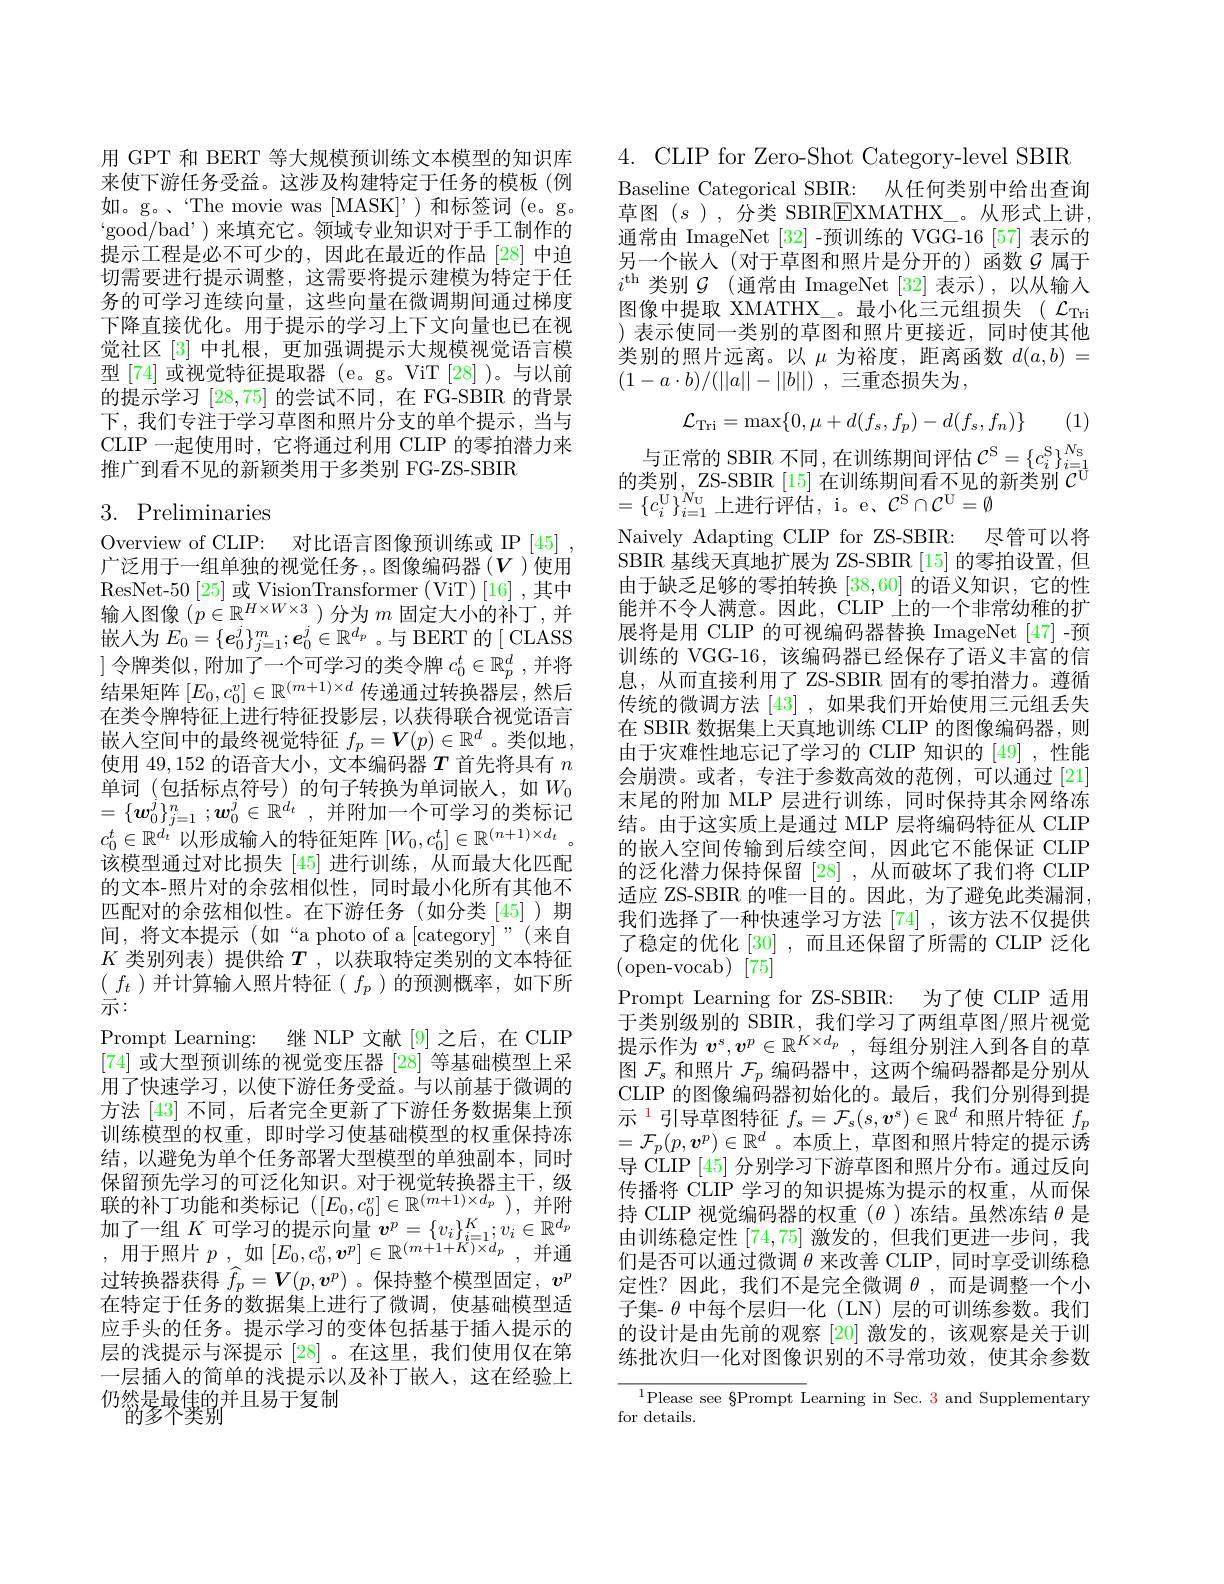
用 GPT 和 BERT 等大规模预训练文本模型的知识库来使下游任务受益。这涉及构建特定于任务的模板(例如。g。`The movie was [MASK]’)和标签词 (e。g. $`$good/bad')来填充它。领域专业知识对于手工制作的提示工程是必不可少的，因此在最近的作品[28]中迫切需要进行提示调整，这需要将提示建模为特定于任务的可学习连续向量，这些向量在微调期间通过梯度下降直接优化。用于提示的学习上下文向量也已在视觉社区[3] 中扎根，更加强调提示大规模视觉语言模型 [74] 或视觉特征提取器 (e。g。ViT [28] )。与以前的提示学习[28,75]的尝试不同，在 FG-SBIR 的背景下，我们专注于学习草图和照片分支的单个提示，当与CLIP 一起使用时，它将通过利用 CLIP 的零拍潜力来推广到看不见的新颖类用于多类别 FG-ZS-SBIR

# 3. Preliminaries

Overview of CLIP: 对比语言图像预训练或 IP |45| 广泛用于一组单独的视觉任务，。图像编码器($V$ )使用ResNet-50 [25] 或 VisionTransformer (ViT) [16] ,其中输入图像$(p\in\mathbb{R}^{H\times W\times3})$分为$m$固定大小的补丁，并嵌入为$E_0=\{\boldsymbol{e}_0^j\}_{j=1}^m;\boldsymbol{e}_0^j\in\mathbb{R}^{d_p}$。与 BERT 的[ CLASS ] 令牌类似，附加了一个可学习的类令牌$c_0^t\in\mathbb{R}_p^d$ ,并将结果矩阵$[E_0,c_0^v]\in\mathbb{R}^{(m+1)\times d}$传递通过转换器层，然后在类令牌特征上进行特征投影层，以获得联合视觉语言嵌入空间中的最终视觉特征$f_p=\boldsymbol{V}(p)\in\mathbb{R}^d$ 。类似地 , 使用 49,152 的语音大小，文本编码器$T$首先将具有$n$ 单词 (包括标点符号)的句子转换为单词嵌人，如$W_0$ $= \{ \boldsymbol{w}_0^j\} _{j= 1}^n$ $; \boldsymbol{w}_0^j\in \mathbb{R} ^{d_t}$ ,并附加一个可学习的类标记$c_0^t\in\mathbb{R}^{d_t}$以形成输入的特征矩阵 $[W_0,c_0^t]\in\mathbb{R}^{(n+1)\times d_t}$。该模型通过对比损失[45]进行训练，从而最大化匹配的文本-照片对的余弦相似性，同时最小化所有其他不匹配对的余弦相似性。在下游任务(如分类[45])期间，将文本提示(如“a photo of a[category]”(来自) $K$类别列表)提供给$T$ ,以获取特定类别的文本特征$(\begin{array}{c}f_t\end{array})$并计算输入照片特征$(\begin{array}{c}f_p\end{array})$的预测概率，如下所示：
Prompt Learning: 继 NLP 文献[9]之后，在 CLIP [74]或大型预训练的视觉变压器[28]等基础模型上采用了快速学习，以使下游任务受益。与以前基于微调的方法 [43] 不同，后者完全更新了下游任务数据集上预训练模型的权重，即时学习使基础模型的权重保持冻结，以避免为单个任务部署大型模型的单独副本，同时保留预先学习的可泛化知识。对于视觉转换器主干，级联的补丁功能和类标记$([E_0,c_0^v]\in\mathbb{R}^{(m+1)\times d_p})$,并附加了一组$K$可学习的提示向量$v^p=\{v_i\}_{i=1}^K;v_i\in\mathbb{R}^d_p$ $\begin{array}{c}{,\text{ 用于照片 }p\:,\text{ 如 }[E_{0},c_{0}^{v},\boldsymbol{v}^{p}]\in\mathbb{R}^{(m+1+K)\times d_{p}}\:,\text{ 并通}}\\{,\text{ 用于照片 }p\:,\text{ 如 }[E_{0},c_{0}^{v},\boldsymbol{v}^{p}]\in\mathbb{R}^{(m+1+K)\times d_{p}}\:,\text{ 并通}}\end{array}$ 过转换器获得$\widehat{f}_p=\boldsymbol{V}(p,\boldsymbol{v}^p)$ 。保持整个模型固定$,\boldsymbol v^p$ 在特定于任务的数据集上进行了微调，使基础模型适应手头的任务。提示学习的变体包括基于插入提示的层的浅提示与深提示[28]。在这里，我们使用仅在第一层插人的简单的浅提示以及补丁嵌人，这在经验上仍然是最佳的并且易于复制
的多个类别

4. CLIP for Zero-Shot Category-level SBIR
Baseline Categorical SBIR: 从任何类别中给出查询草图$(s$ ),分类 SBIREXMATHX\_。从形式上讲通常由 ImageNet [32] -预训练的 VGG-16 [57] 表示的另一个嵌入(对于草图和照片是分开的)函数$\mathcal{G}$属于$i^\mathrm{th}$ 类别$\mathcal{G}$(通常由 ImageNet[32]表示),以从输入图像中提取 XMATHX\_。最小化三元组损失($\mathcal{L}_\mathrm{Tri}$ )表示使同一类别的草图和照片更接近，同时使其他类别的照片远离。以$\mu$为裕度，距离函数$d(a,b)=$ $( 1- a\cdot b) / ( | | a| | - | | b| | )$ ,三重态损失为，

(1)
$$\mathcal{L}_{\mathrm{Tri}}=\max\{0,\mu+d(f_s,f_p)-d(f_s,f_n)\}$$
$\begin{array}{c}\text{与正常的 SBIR 不同，在训练期间评估 }\mathcal{C}^{\mathrm{S}}=\{c_{i}^{\mathrm{S}}\}_{i=1}^{N_{\mathrm{S}}}\\\text{的类别 , ZS-SBIR [15] 在训练期间看不见的新类别 }\mathcal{C}^{\mathrm{U}}\end{array}$
$=\{c_i^{\mathrm{U}}\}_{i=1}^{N_{\mathrm{U}}}$上进行评估，i。e、$\mathcal{C}^\mathrm{S}\cap\mathcal{C}^\mathrm{U}=\emptyset$
Naively Adapting CLIP for ZS-SBIR: 尽管可以将SBIR 基线天真地扩展为 ZS-SBIR [15] 的零拍设置，但由于缺乏足够的零拍转换[38,60]的语义知识，它的性能并不令人满意。因此，CLIP 上的一个非常幼稚的扩展将是用 CLIP 的可视编码器替换 ImageNet [47]-预训练的 VGG-16,该编码器已经保存了语义丰富的信息，从而直接利用了 ZS-SBIR 固有的零拍潜力。遵循传统的微调方法[43] ,如果我们开始使用三元组丢失在 SBIR 数据集上天真地训练 CLIP 的图像编码器，则由于灾难性地忘记了学习的 CLIP 知识的 [49] ,性能会崩溃。或者，专注于参数高效的范例，可以通过[21] 末尾的附加 MLP 层进行训练，同时保持其余网络冻结。由于这实质上是通过 MLP 层将编码特征从 CLIP 的嵌入空间传输到后续空间，因此它不能保证 CLIP 的泛化潜力保持保留[28] ,从而破坏了我们将 CLIP 适应 ZS-SBIR 的唯一目的。因此，为了避免此类漏洞我们选择了一种快速学习方法 [74] ,该方法不仅提供了稳定的优化[30] ,而且还保留了所需的 CLIP 泛化(open-vocab)[75]
Prompt Learning for ZS-SBIR: 为了使 CLIP 适用于类别级别的 SBIR, 我们学习了两组草图/照片视觉提示作为$v^s, v^p\in \mathbb{R} ^{K\times d_p}$ ,每组分别注人到各自的草图$\mathcal{F}_\mathrm{s}$和照片$\mathcal{F}_p$编码器中，这两个编码器都是分别从CLIP 的图像编码器初始化的。最后，我们分别得到提示$^1$引导草图特征 $f_s=\mathcal{F}_s(s,\boldsymbol{v}^s)\in\mathbb{R}^d$ 和照片特征 $f_p$ $=\mathcal{F}_p(p,\boldsymbol{v}^p)\in\mathbb{R}^d$。本质上，草图和照片特定的提示诱导 CLIP [45] 分别学习下游草图和照片分布。通过反向传播将 CLIP 学习的知识提炼为提示的权重，从而保持 CLIP 视觉编码器的权重$(\theta$)冻结。虽然冻结$\theta$是由训练稳定性[74,75]激发的，但我们更进一步问，我们是否可以通过微调$\theta$来改善 CLIP,同时享受训练稳定性？因此，我们不是完全微调$\theta$,而是调整一个小子集- $\theta$中每个层归一化 (LN) 层的可训练参数。我们的设计是由先前的观察 [20] 激发的，该观察是关于训练批次归一化对图像识别的不寻常功效，使其余参数$\begin{array}{c}{{\overline{^{1}\text{Please see §Prompt L}}}\text{earning in Sec. 3 and Supplementary}}\\{\mathrm{for~details.}}\end{array}$